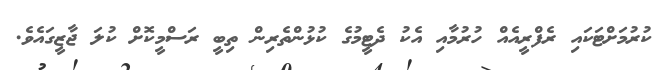
ކުރުމަށްޓަކައި ރެފްރީއެއް ހުރުމާއި އެކު ދެޓީމުގެ ކުޅުންތެރިން ތިބީ ރަސްމީކޮށް ކުލަ ޖާޒީގައެވެ.